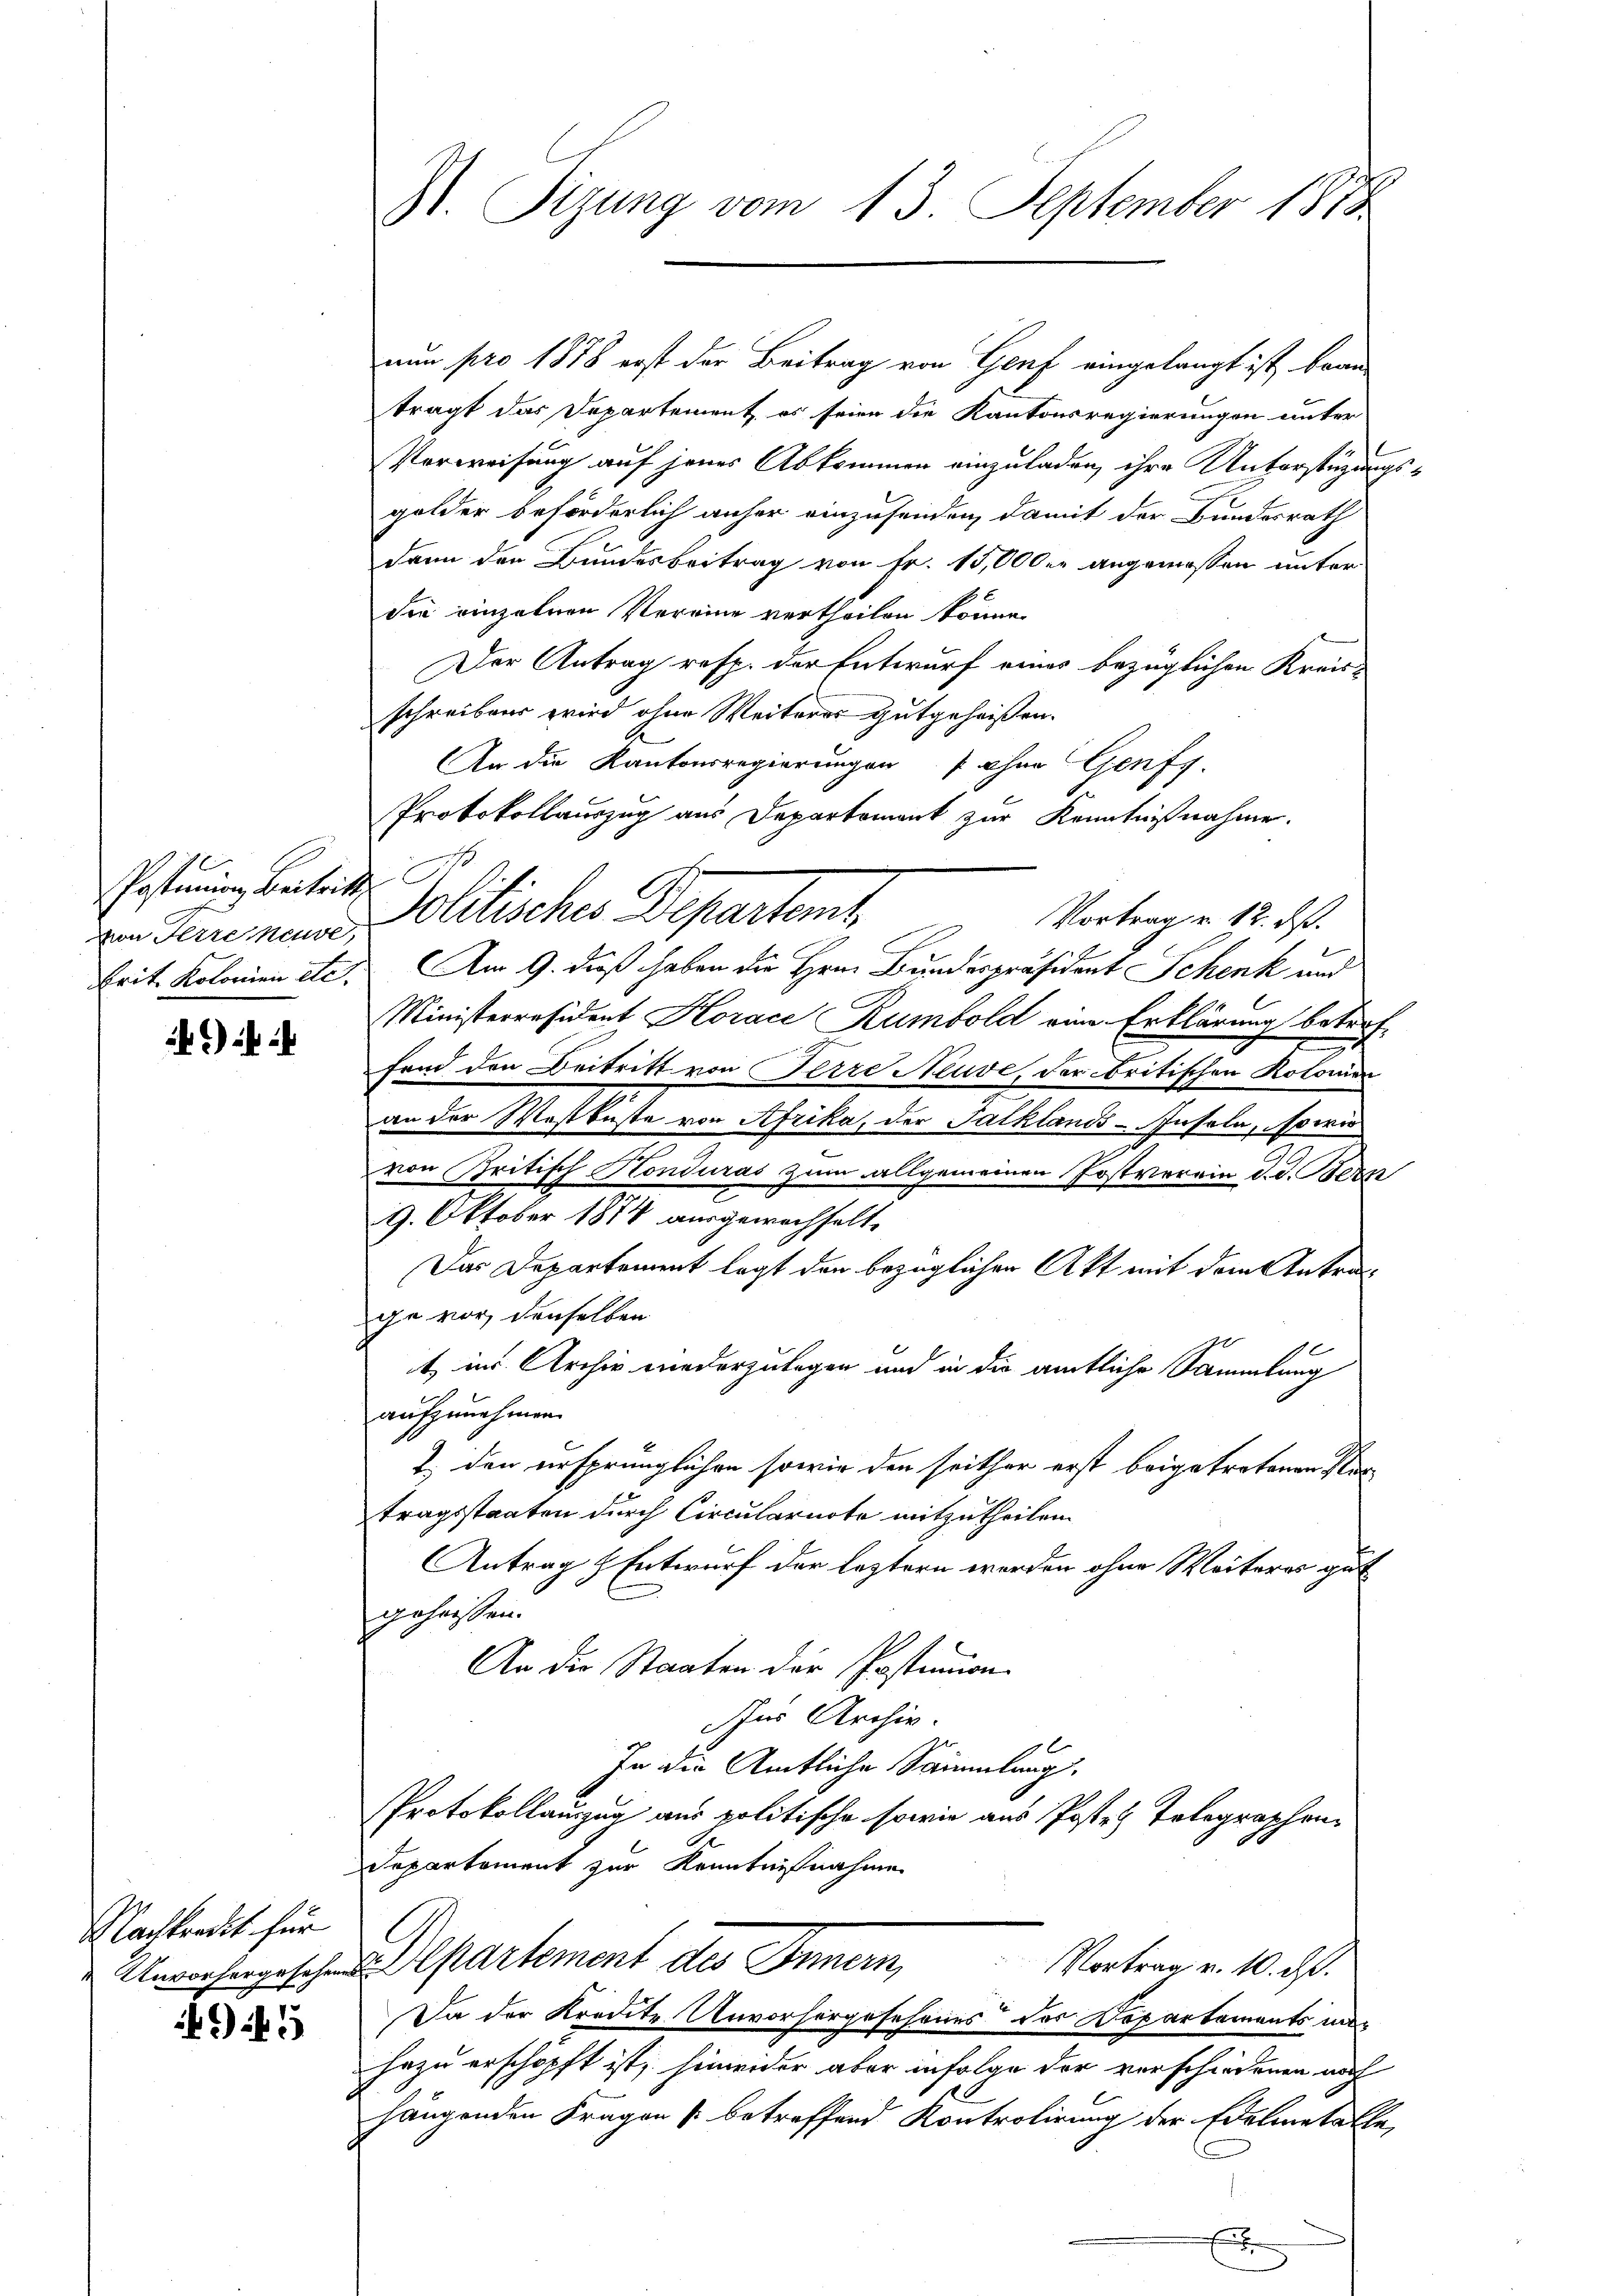
Pestimmung Beitritt
von Herreneuve,

)

Nachtreckt für

G 5

M. Sizung vom 13. September 1874

nun pro 1878 erst der Beitrag von Genf eingelangt ist, brau
trägt das Departement, es seien die Kantonsregierungen unter
Verweisung auf jenes Abkommen einzuladen, ihre Unterstützungs-
golder beförderlich anher einzusenden, damit der Bundesrath
dann den Bundesbeitrag von Fr. 15,000 er angemessen unter
Sie einzelnen Vereine vertheilen könne.
Der Antrag resp. der Entwurf eines bezüglichen Kreisschreiben wird ohne Weiteres gutgeheißen.
An die Kantonsregierungen ohne Genfs-
Protokollauszug aus Departement zur Kenntnißnahme.
Solitisches Departant
Vortrag u. 12. ds.
Prit. Kolonien etc. Am 9. daß haben die Hrn. Bundespräsident Schenk und
Ministerräsident Horace Rumbold eine Erklärung betreffand den Beitritt von Ferre Neuve, der britischen Kolonien
an der Westbüste von Afrika, der Tatklands-Insola, sowie
von Britisch Honduras zum allgemeinen Postverein d. d. Bern
9. Oktober 1874 ausgewachselte
Das Departement legt den bezüglichen Akt mit dem Antra
ge vor denselben
t in Archiv niederzulagen und in die amtliche Sammlung
aufzunehmen.
1., der ursprünglichen sowie den seither erst beigetretenen Vertragsstaaten durch Circularnote mitzutheilen.
Antrag & Entwurf der leztern werden ohne Weiteres gut
geheissen.
An die Staaten der Postimon
In Archiv.
In die Amtliche Sammlung,
PProtokollauszug aus politische sowie aus Posten Telegraphen-
Departement zur Kenntnißnahme
Unvorhergischen Departement des Innern,
Vortrag u. 10. ds.
Da der Kredite Unvorhergesehenes der Departaments unhazu erschöpft ist, hinwider aber infolge der verschiedenen noch
hängenden Fragen (betreffend Kontrolirung der Edelmetalle
x